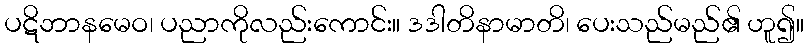
ပဋိဘာနမေဝ၊ ပညာကိုလည်းကောင်း။ ဒဒါတိနာမာတိ၊ ပေးသည်မည်၏ ဟူ၍။